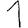
Digit: 1